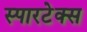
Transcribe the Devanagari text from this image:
स्पारटेक्स